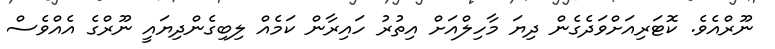
ނޫރްއެވެ. ކޮޓަރިއަށްވަދެގެން ދިޔަ މާހިލްއަށް އިތުރު ހައިރާން ކަމެއް ލިބިގެންދިޔައީ ނޫރްގެ އެއްވެސް